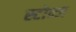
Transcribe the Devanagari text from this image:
स्टोन्ज